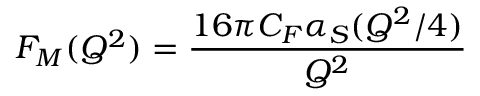
F _ { M } ( Q ^ { 2 } ) = \frac { 1 6 \pi C _ { F } \alpha _ { S } ( Q ^ { 2 } / 4 ) } { Q ^ { 2 } }